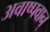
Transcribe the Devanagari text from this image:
अवाष्पवान्‌